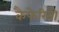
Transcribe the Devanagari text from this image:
कैफेरिनो